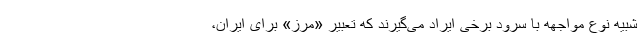
شبیه نوع مواجهه با سرود برخی ایراد می‌گیرند که تعبیر «مرز» برای ایران،